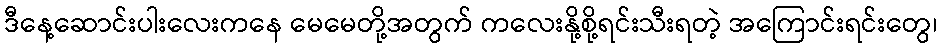
ဒီနေ့ဆောင်းပါးလေးကနေ မေမေတို့အတွက် ကလေးနို့စို့ရင်းသီးရတဲ့ အကြောင်းရင်းတွေ၊